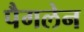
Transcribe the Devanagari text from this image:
पैगलेन